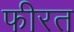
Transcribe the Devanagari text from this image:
फीरत